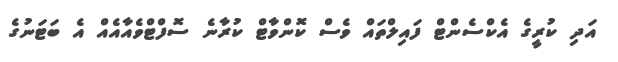
އަދި ކުރީގެ އެކްސެންޓް ފައިލްތައް ވެސް ކޮންވާޓް ކުރާނެ ސޮފްޓްވެއާއެއް އެ ބަޓަނުގެ